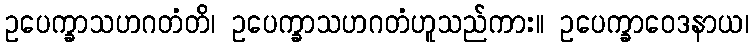
ဥပေက္ခာသဟဂတံတိ၊ ဥပေက္ခာသဟဂတံဟူသည်ကား။ ဥပေက္ခာဝေဒနာယ၊